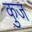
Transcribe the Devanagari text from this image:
कुज